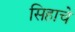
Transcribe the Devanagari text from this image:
सिहाचे